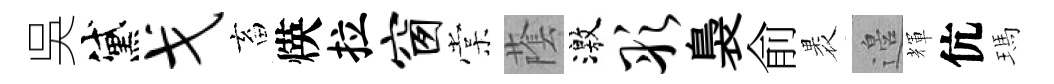
吳黛戈畜煐拉窗棠䕃激彤裊俞褁邉輝伉瑪